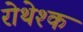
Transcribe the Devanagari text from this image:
रोथेश्क